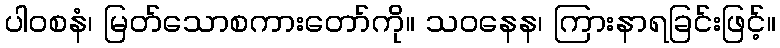
ပါဝစနံ၊ မြတ်သောစကားတော်ကို။ သဝနေန၊ ကြားနာရခြင်းဖြင့်။